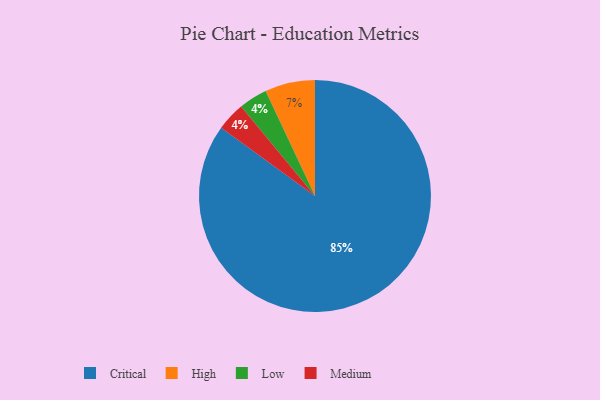
{"axis": {"x": "Category", "y": "Percentage"}, "legend": ["Critical", "High", "Low", "Medium"], "data": [{"x": "Low", "y": 4, "type": "Low"}, {"x": "Medium", "y": 4, "type": "Medium"}, {"x": "Critical", "y": 85, "type": "Critical"}, {"x": "High", "y": 7, "type": "High"}]}